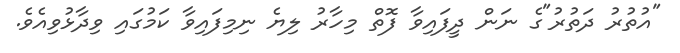
"އުތުރު ދަތުރު"ގެ ނަން ދީފައިވާ ފޮތް މިހާރު ލިޔެ ނިމިފައިވާ ކަމުގައި ވިދާޅުވިއެވެ.